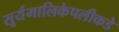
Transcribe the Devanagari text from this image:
सूर्यमालिकेपलीकडे